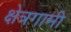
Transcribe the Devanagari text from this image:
क्षेत्रगामी